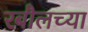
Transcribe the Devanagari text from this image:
रबौलच्या